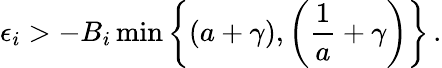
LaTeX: \epsilon_{i}>-B_{i}\operatorname*{min}\left\{ (a+\gamma),\left(\frac{1}{a}+\gamma\right)\right\} \, .